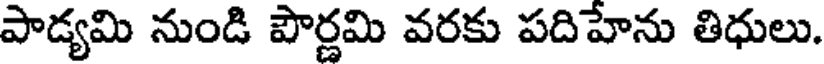
పాడ్యమి నుండి పౌర్ణమి వరకు పదిహేను తిధులు.